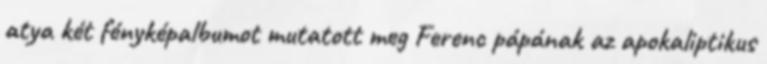
atya két fényképalbumot mutatott meg Ferenc pápának az apokaliptikus